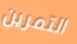
التمرين